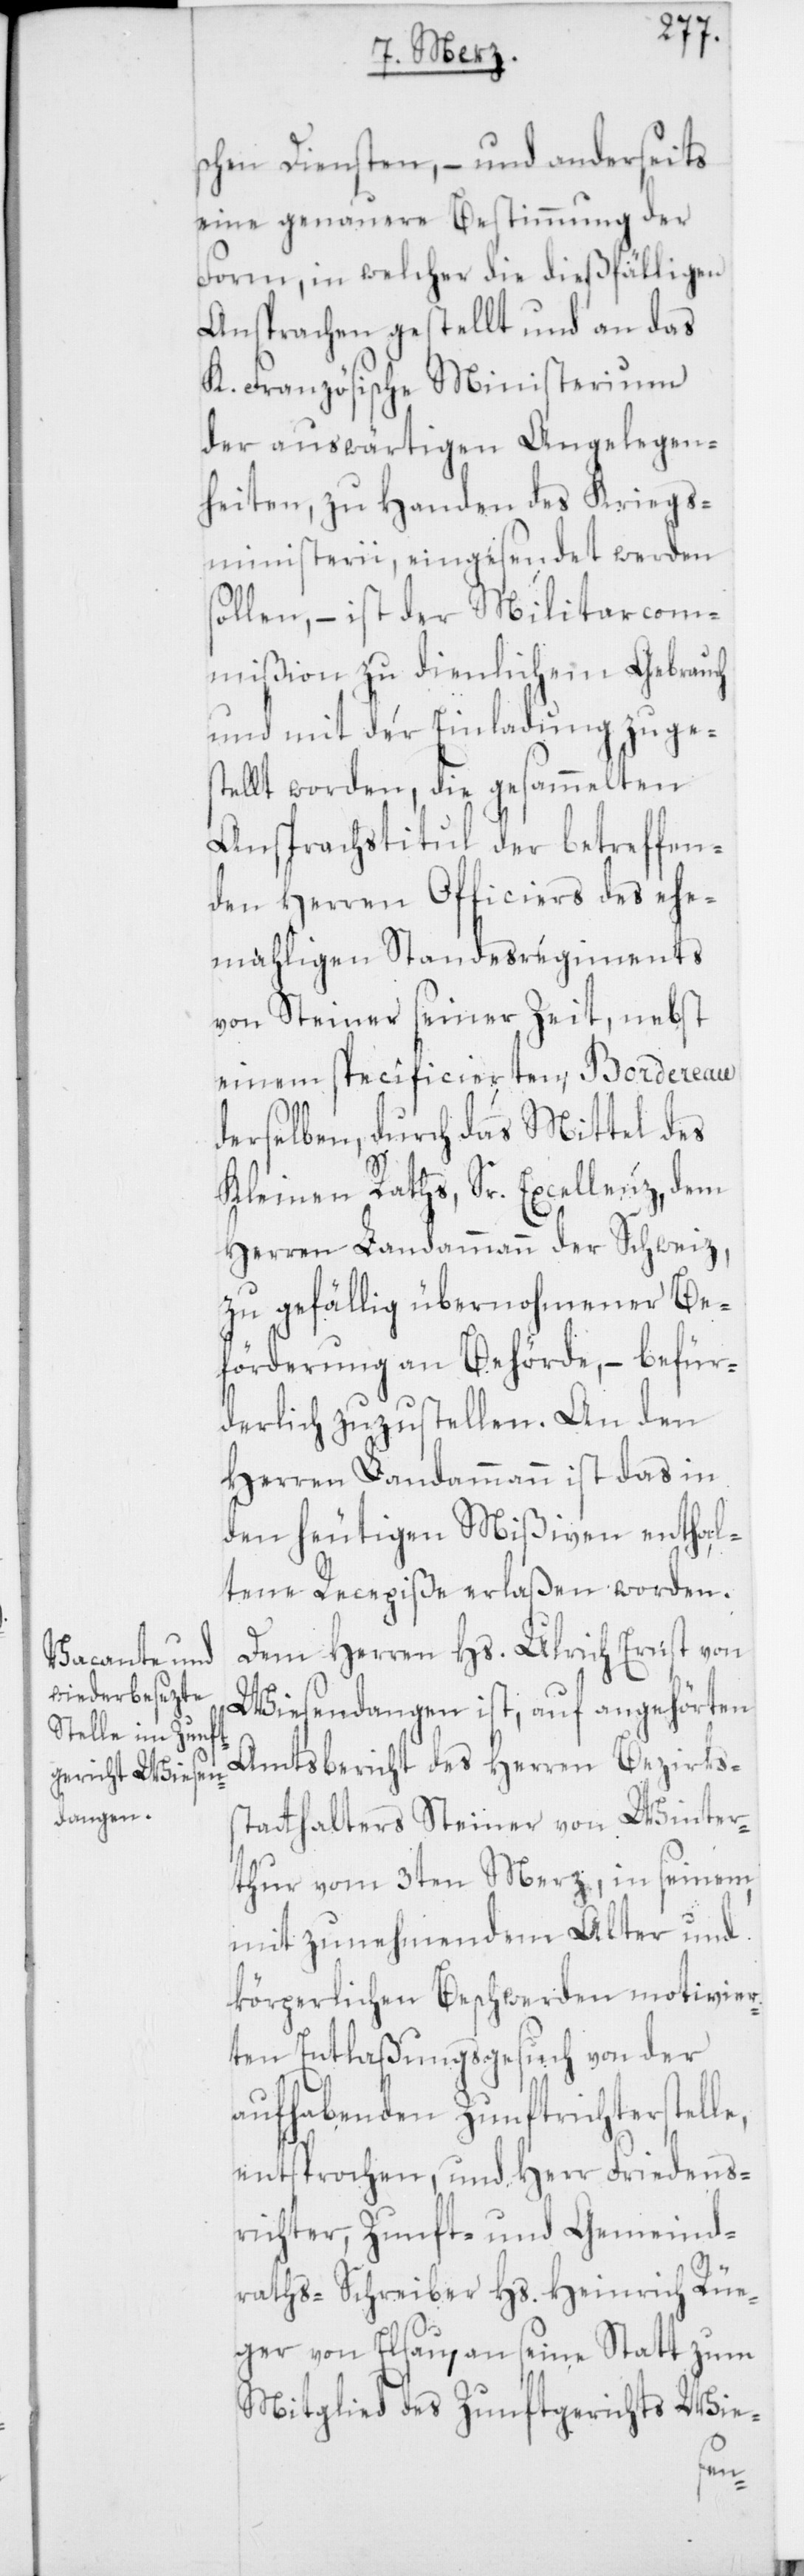
schen Diensten, – und anderseits
eine genauere Bestimmung der
Form, in welcher die dießfälligen
Ansprachen gestellt und an das
K. Französische Ministerium
der auswärtigen Angelegen¬
heiten, zu Handen des Kriegs¬
ministerii, eingesendet werden
sollen, – ist der Militarcom¬
mißion zu dienlichem Gebrauch
und mit der Einladung zuge¬
stellt worden, die gesammelten
Ansprachstitul der betreffen¬
den Herren Officiers des ehe¬
mahligen Standesregiments
von Steiner seiner Zeit, nebst
einem specificierten Bordereau
derselben, durch das Mittel des
Kleinen Raths, Sr. Excellenz, dem
Herren Landammann der Schweiz,
zu gefällig übernohmener Be¬
förderung an Behörde, – befür¬
derlich zuzustellen. An den
Herren Landammann ist das in
den heutigen Mißiven enthal¬
tene Recepisse erlaßen worden.
Dem Herren Hs. Ulrich Ernst von
Wiesendangen ist, auf angehörten
Amtsbericht des Herren Bezirks¬
statthalters Steiner von Winter¬
thur vom 3ten Merz, in seinem
mit zunehmendem Alter und
körperlichen Beschwerden motivier¬
ten Entlaßungsgesuch von der
aufhabenden Zunftrichterstell¬
entsprochen, und Herr Friedens¬
richter, Zunft- und Gemeind¬
raths-Schreiber Hs. Heinrich Rüe¬
ger von Elsau, an seine Statt zum
Mitglied des Zunftgerichts Wie-
e,